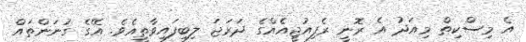
އެ މިސްކިތް މިއަދު އެ ރޮނީ ރެފިއުޖީއެއްގެ ދަރަޖަ ލިބިފައިވާތީއެވެ. އޭގެ ގުނަންތައް